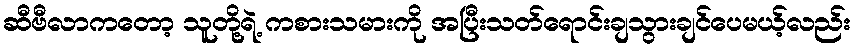
ဆီဗီလာကတော့ သူတို့ရဲ့ ကစားသမားကို အပြီးသတ်ရောင်းချသွားချင်ပေမယ့်လည်း